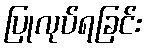
ပြုလုပ်ရခြင်း